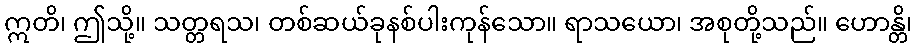
ဣတိ၊ ဤသို့။ သတ္တရသ၊ တစ်ဆယ်ခုနစ်ပါးကုန်သော။ ရာသယော၊ အစုတို့သည်။ ဟောန္တိ၊